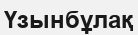
Үзынбұлақ